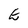
Character: E